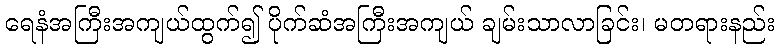
ရေနံအကြီးအကျယ်ထွက်၍ ပိုက်ဆံအကြီးအကျယ် ချမ်းသာလာခြင်း၊ မတရားနည်း